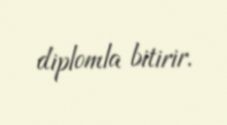
diplomla bitirir.